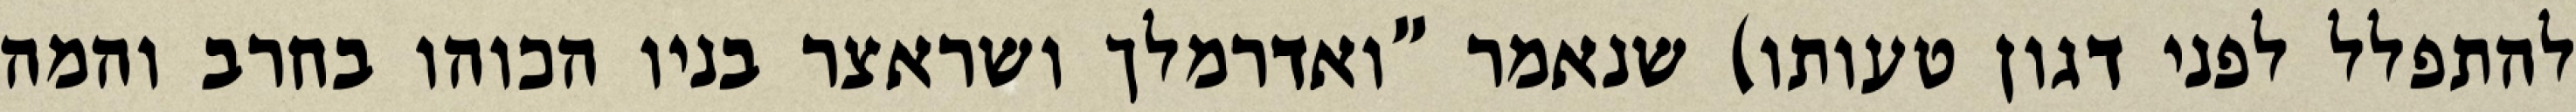
להתפלל לפני דגון טעותו) שנאמר "ואדרמלך ושראצר בניו הכוהו בחרב והמה